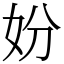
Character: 妢